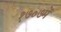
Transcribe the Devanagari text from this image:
१७०७में